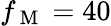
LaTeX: f_{\mathrm{~M~}}=40